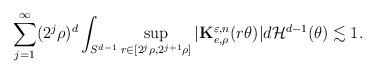
LaTeX: \begin{align*}\sum_{j=1}^{\infty}(2^{j}\rho)^d\int_{S^{d-1}}\sup_{r\in [2^{j}\rho,2^{j+1}\rho]}|\mathbf{K}^{\varepsilon,n}_{e,\rho}(r\theta)|d\mathcal{H}^{d-1}(\theta)\lesssim 1.\end{align*}